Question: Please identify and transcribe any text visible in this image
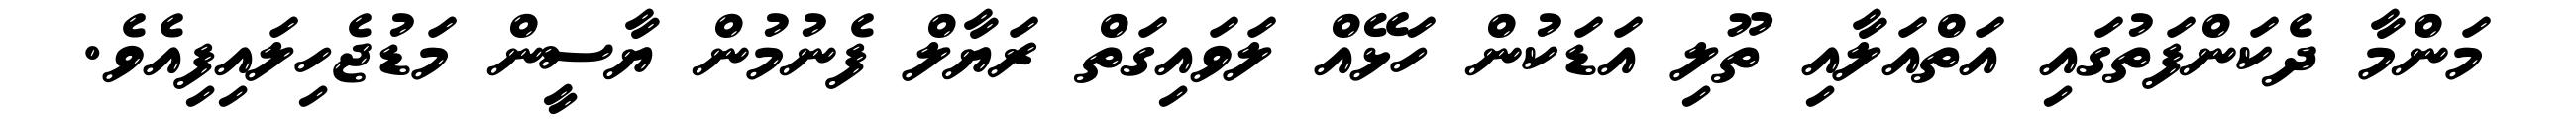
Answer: މަންމާ ދެކަންފަތުގައި އަތްއަލާއި ތޫލި އަޑަކުން ހަޅޭއް ލަވައިގަތް ރަޔާލް ފެނުމުން ޔާސީން މަޑުޖެހިލައިފިއެވެ.